Annual administration and progress report of the Indian Medical Department, Bombay
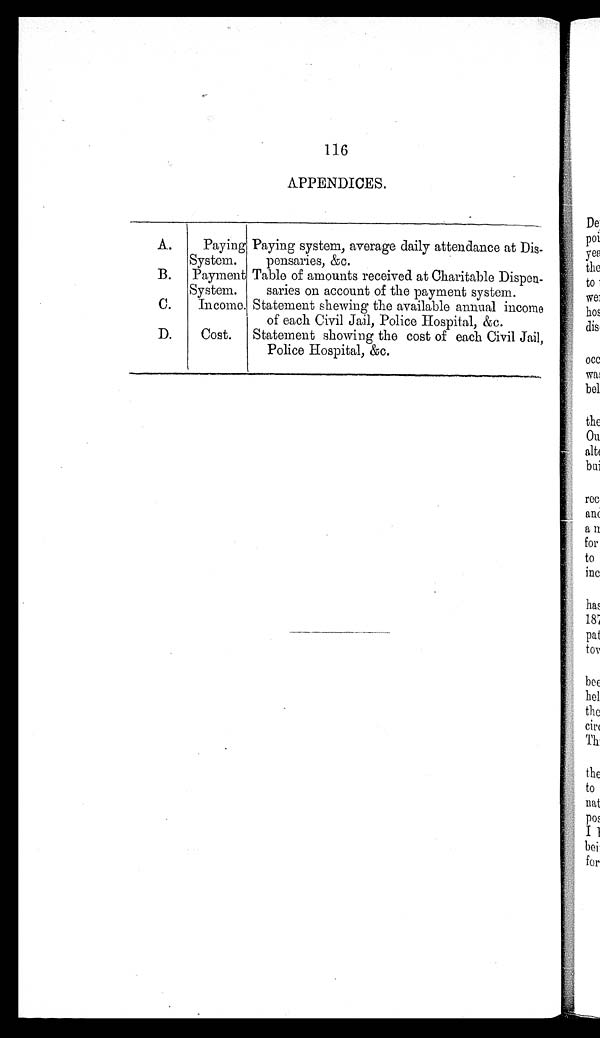
116
APPENDICES.
A.
Paying
System.
Paying system, average daily attendance at Dis-
pensaries, &c.
B.
Payment
System.
Table of amounts received at Charitable Dispen-
saries on account of the payment system.
C.
Income. Statement shewing the available annual income
of each Civil Jail, Police Hospital, &c.
D.
Cost.
Statement showing the cost of each Civil Jail,
Police Hospital, &c.